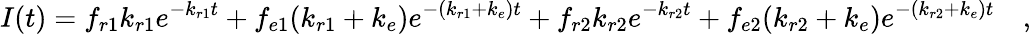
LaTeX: I(t)=f_{r1}k_{r1}e^{-k_{r1}t}+f_{e1}(k_{r1}+k_{e})e^{-(k_{r1}+k_{e})t}+f_{r2}k_{r2}e^{-k_{r2}t}+f_{e2}(k_{r2}+k_{e})e^{-(k_{r2}+k_{e})t}\quad,